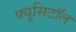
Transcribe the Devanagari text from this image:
फ्यूसिटॉल